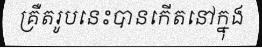
គ្រឺតរូបនេះបានកើតនៅក្នុង